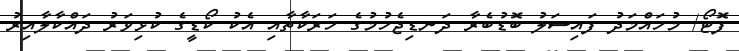
ފޮޓޯ/ މުހައްމަދު ފައިސަލު ބޮޑުބެރާ ދަނޑިޖެހުމުގެ ހަރަކާތާއި އެކު ކޯޑީގެ ކުޅިވަރު ދައްކާލާއިރު